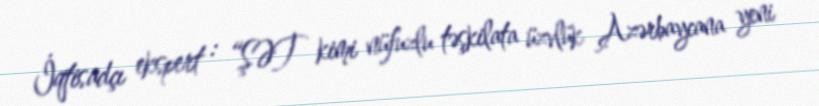
İqtisadçı ekspert : “ŞƏT kimi nüfuzlu təşkilata üzvlük Azərbaycana yeni